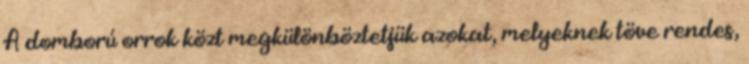
A domború orrok közt megkülönböztetjük azokat, melyeknek töve rendes,